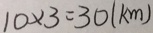
1 0 \times 3 = 3 0 ( k m )